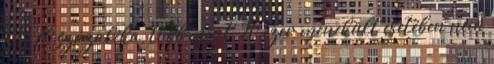
65-70 százaléka, több mint 20 ezer menekült esetében nem